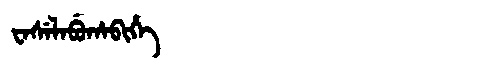
Manchu: ᠸᠠᠰᡝᠯᠠᠪᡠᡥᠠᠪᡳᡥᡝ
Romanization: WASELABUHABIHE